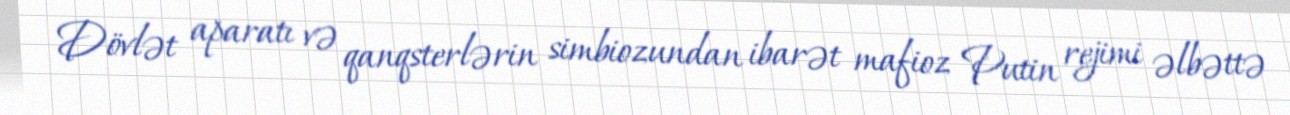
Dövlət aparatı və qanqsterlərin simbiozundan ibarət mafioz Putin rejimi əlbəttə